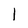
Character: I